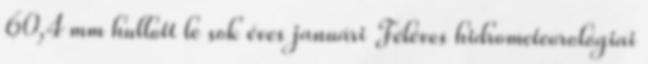
60,4 mm hullott le sok éves januári Féléves hidrometeorológiai